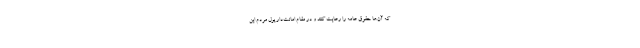
که آن‌ها حقوق عامه را رعایت کنند و در مقام امانت‌دار پول مردم این